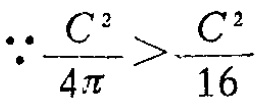
\(\because \frac{C^{2}}{4\pi}>\frac{C^{2}}{16}\)